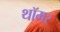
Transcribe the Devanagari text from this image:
थॉमर